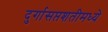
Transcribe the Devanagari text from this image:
दुर्गासप्तशतीमध्ये